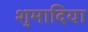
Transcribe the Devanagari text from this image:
शुमादिया